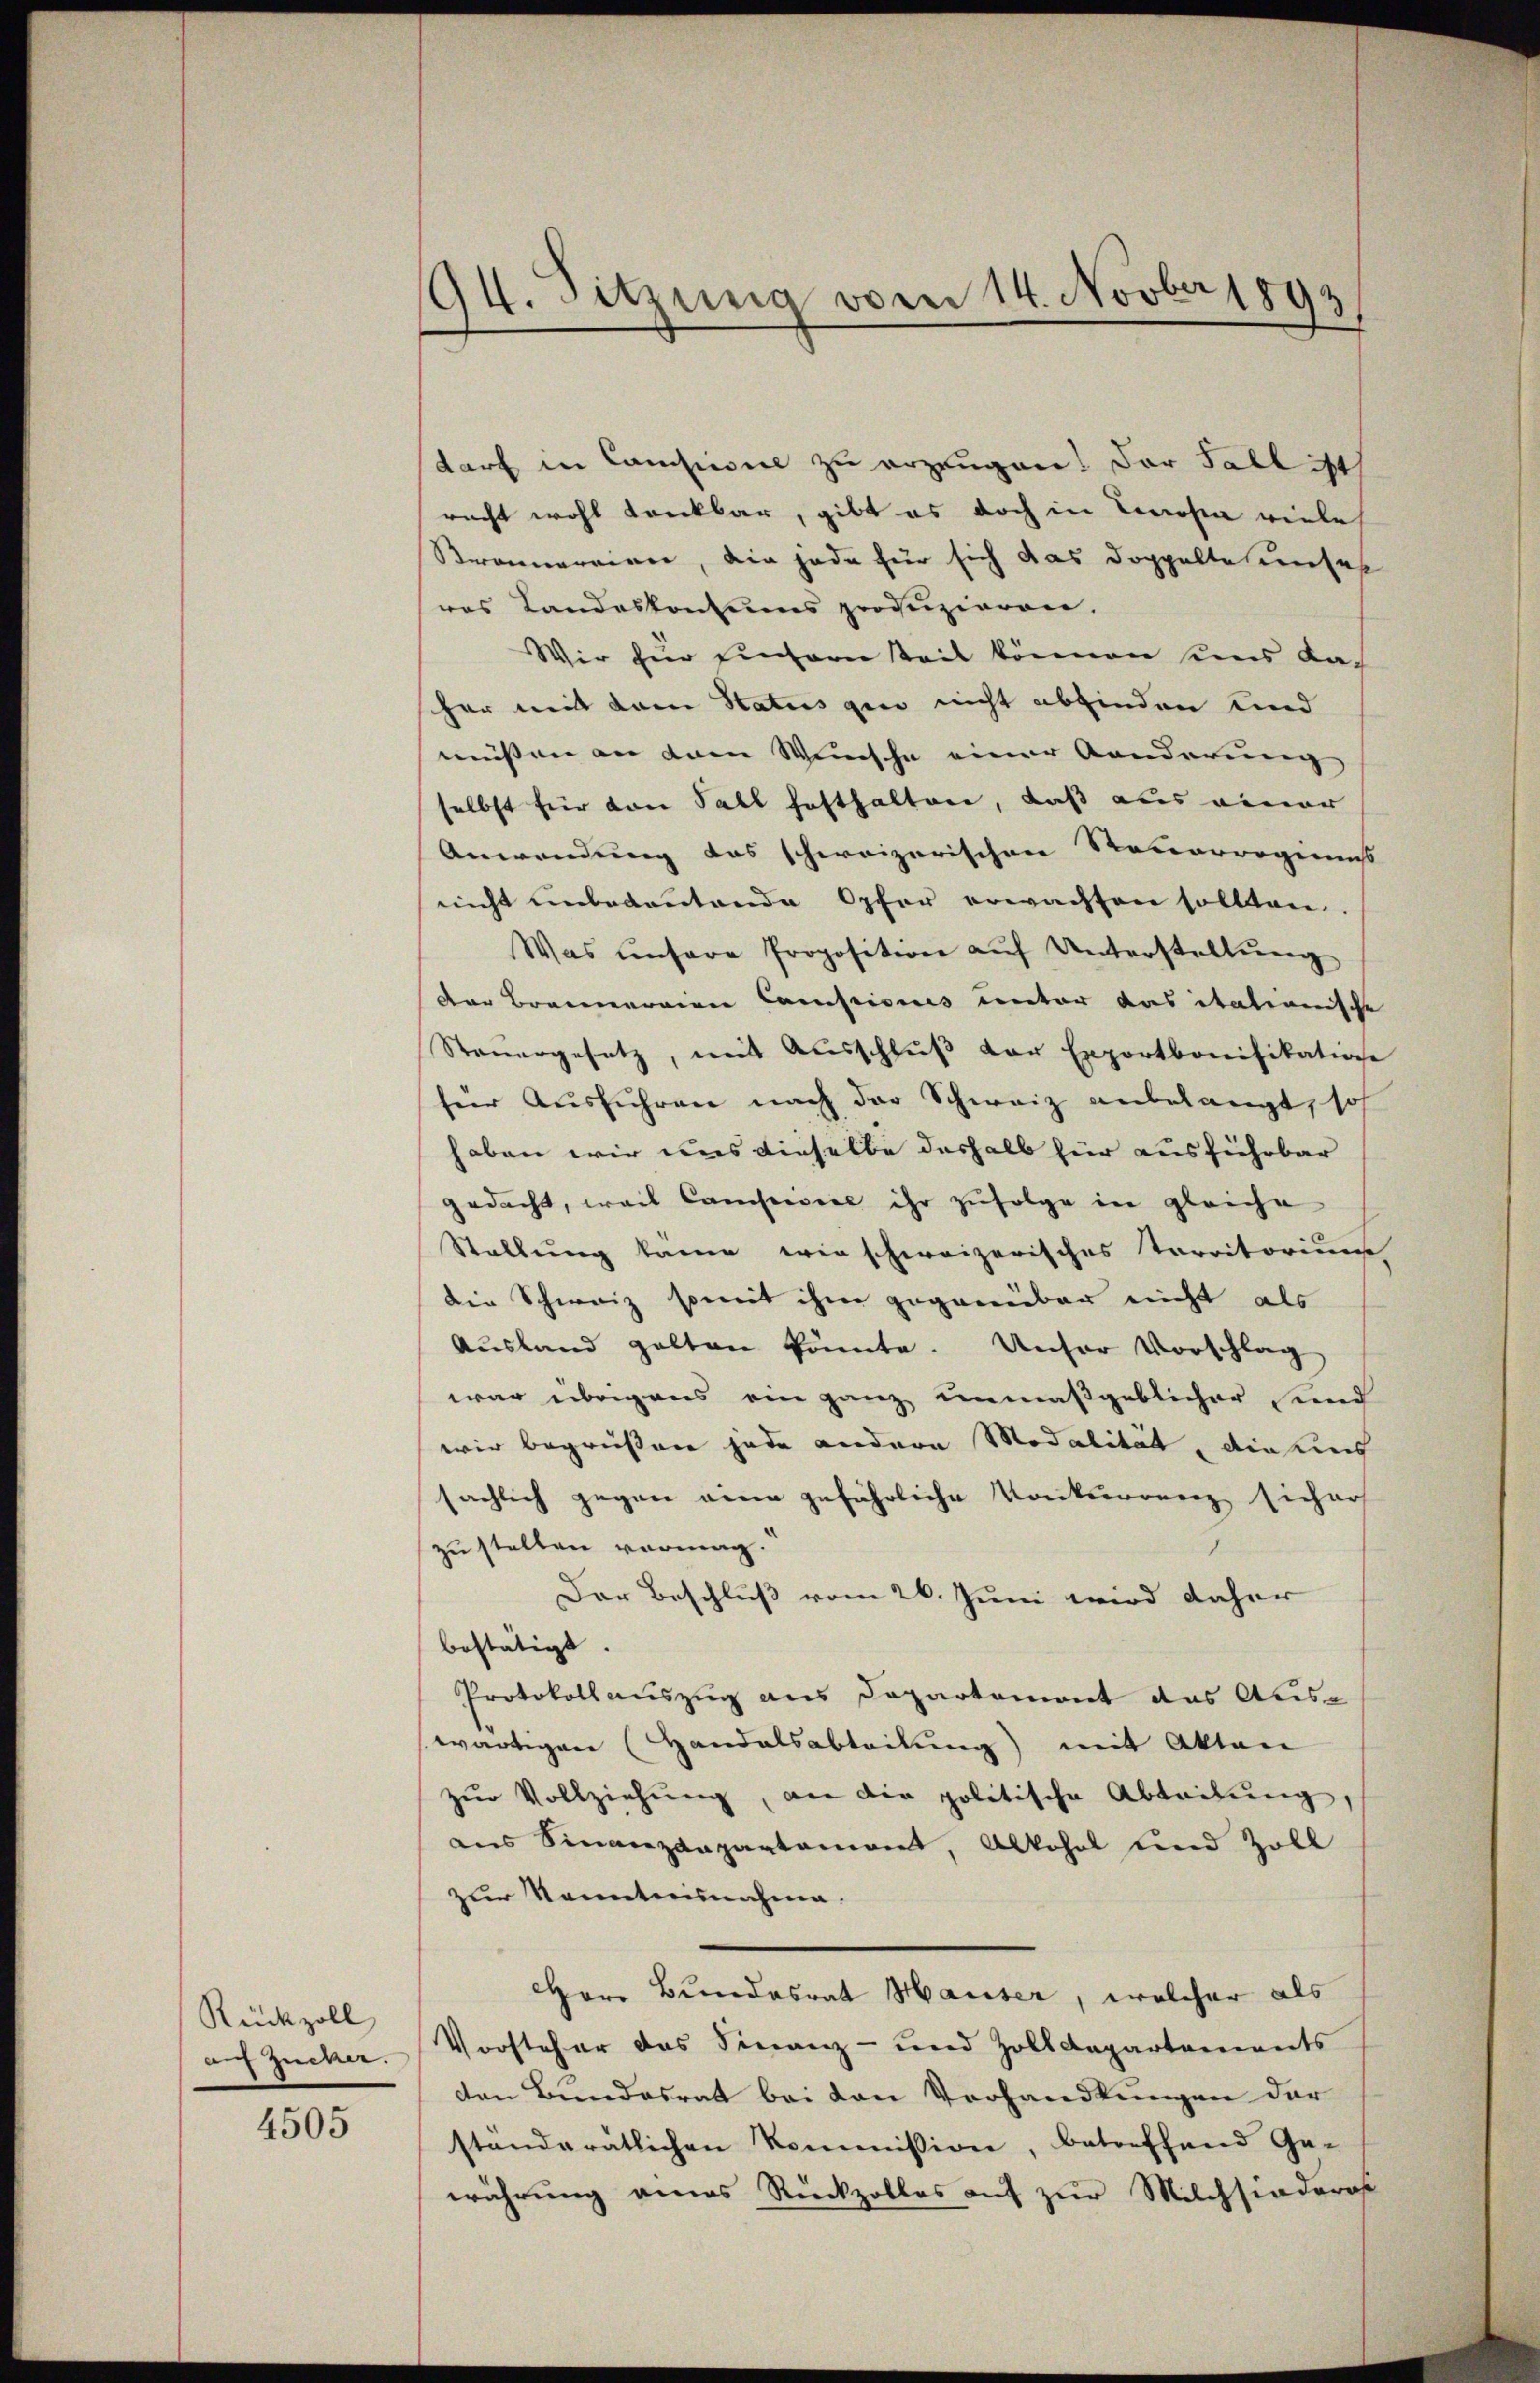
Rückzoll
auf Zucker.

4505

194. Sitzung vom 14. Novber 1893

darf in Conseil zu erzeugen! Der Fall ist
racht wohl dankbar, gibt es doch in Cerosen viele
Sronnereien, die jede für sich das Doppelte unser
res Landeskontums profizieren.
Wir für einsern Teil können uns das
her mit dem Status gen nicht abfinden und
müssen an dem Wunsche einer Kanderung
selbst für von Fall hofthalten, daß aus einer
Anwendung das schweizerischen Reuerrogieniss
nicht unbedeutende Opfer erwachsen sollten.
Was unsere Proposition aŭf Unterstellŭng
der Brauneraien Camisionis unter das itationische
Steŭergesetz, mit Ausschlŭβ der Exportbonifikation
her Aŭsführen nach der Schweiz anbelangt, so
haben wir uns dieselbe deshalb für ausführbar
gedacht, weil Conseil ihr zŭfolge in gleiche
Stellung kame wie schweizerisches Territorium
die Schweiz somit ihm gegenüber nicht als
Ausland gelten könnte. Unser Vorschlag
war übrigens ein ganz unmaßgeblicher sind
wir begrüßen jede andere Modalität, dieses
sächlich gegen eine gefährliche Konkurrenz sicherh
zu stellen vermag.
Der Beschluß vom 26. Juni wird daher
bestätigt. |
Protokollauszug aus Departemont das Auswärtigen (Handelsabteilung) mit Akten
zur Vollziehung, an die politische Abteilŭng,
aus Sinanzdepartament, Alkohol und Zoll
zur Kenntnisnahme.
Herr Bundesrat Hauser, welcher als
Vorsteher das Finanz- und Zolldepartements
den Bundesrat bei den Vorhandlungen der
standerätlichen Kommission, betreffend Ge-
währung eines Rückzolles auf zur Milchsiaderas